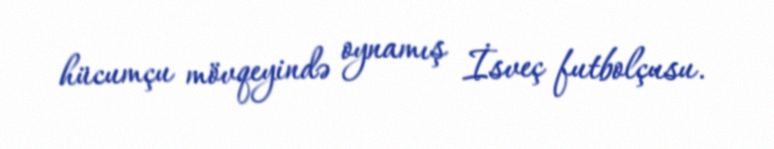
hücumçu mövqeyində oynamış İsveç futbolçusu.